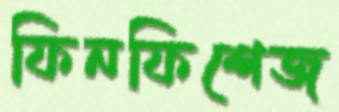
ফিনফিশেজ